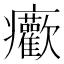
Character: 𤼢